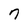
Character: n